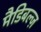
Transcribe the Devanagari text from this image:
मैडिबल्ज़